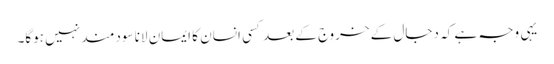
یہی وجہ ہے کہ دجال کے خروج کے بعد کسی انسان کا ایمان لانا سودمند نہیں ہوگا۔